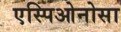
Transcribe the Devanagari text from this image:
एस्पिओनोसा